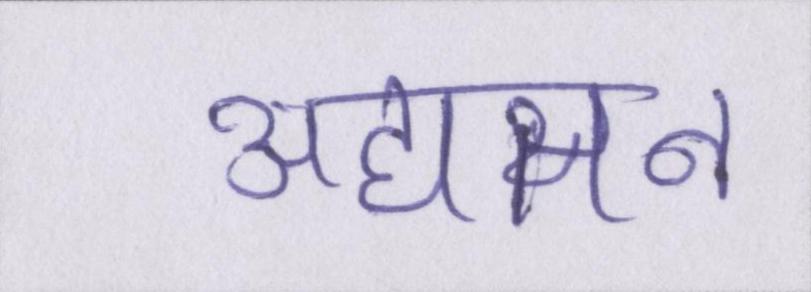
अद्यतन